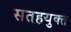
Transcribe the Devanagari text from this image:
सतहयुक्त